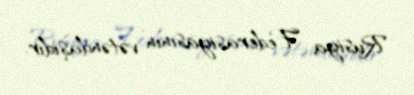
Rusiya Federasiyasının vətəndaşıdır.